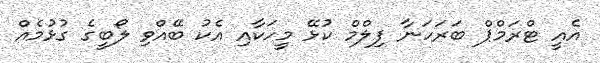
އެއީ ޓްރަމްޕް ބަރަހަނާ ފިލްމް ކުޅޭ މީހަކާއި އެކު ބޭއްވި ލޯބީގެ ގުޅުމެއް